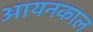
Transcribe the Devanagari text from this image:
आयनकाल